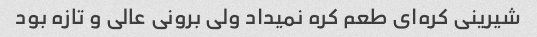
شیرینی کره‌ای طعم کره نمیداد ولی برونی عالی و تازه بود